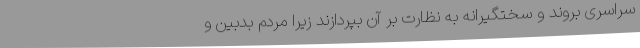
سراسری بروند و سختگیرانه به نظارت بر آن بپردازند زیرا مردم بدبین و